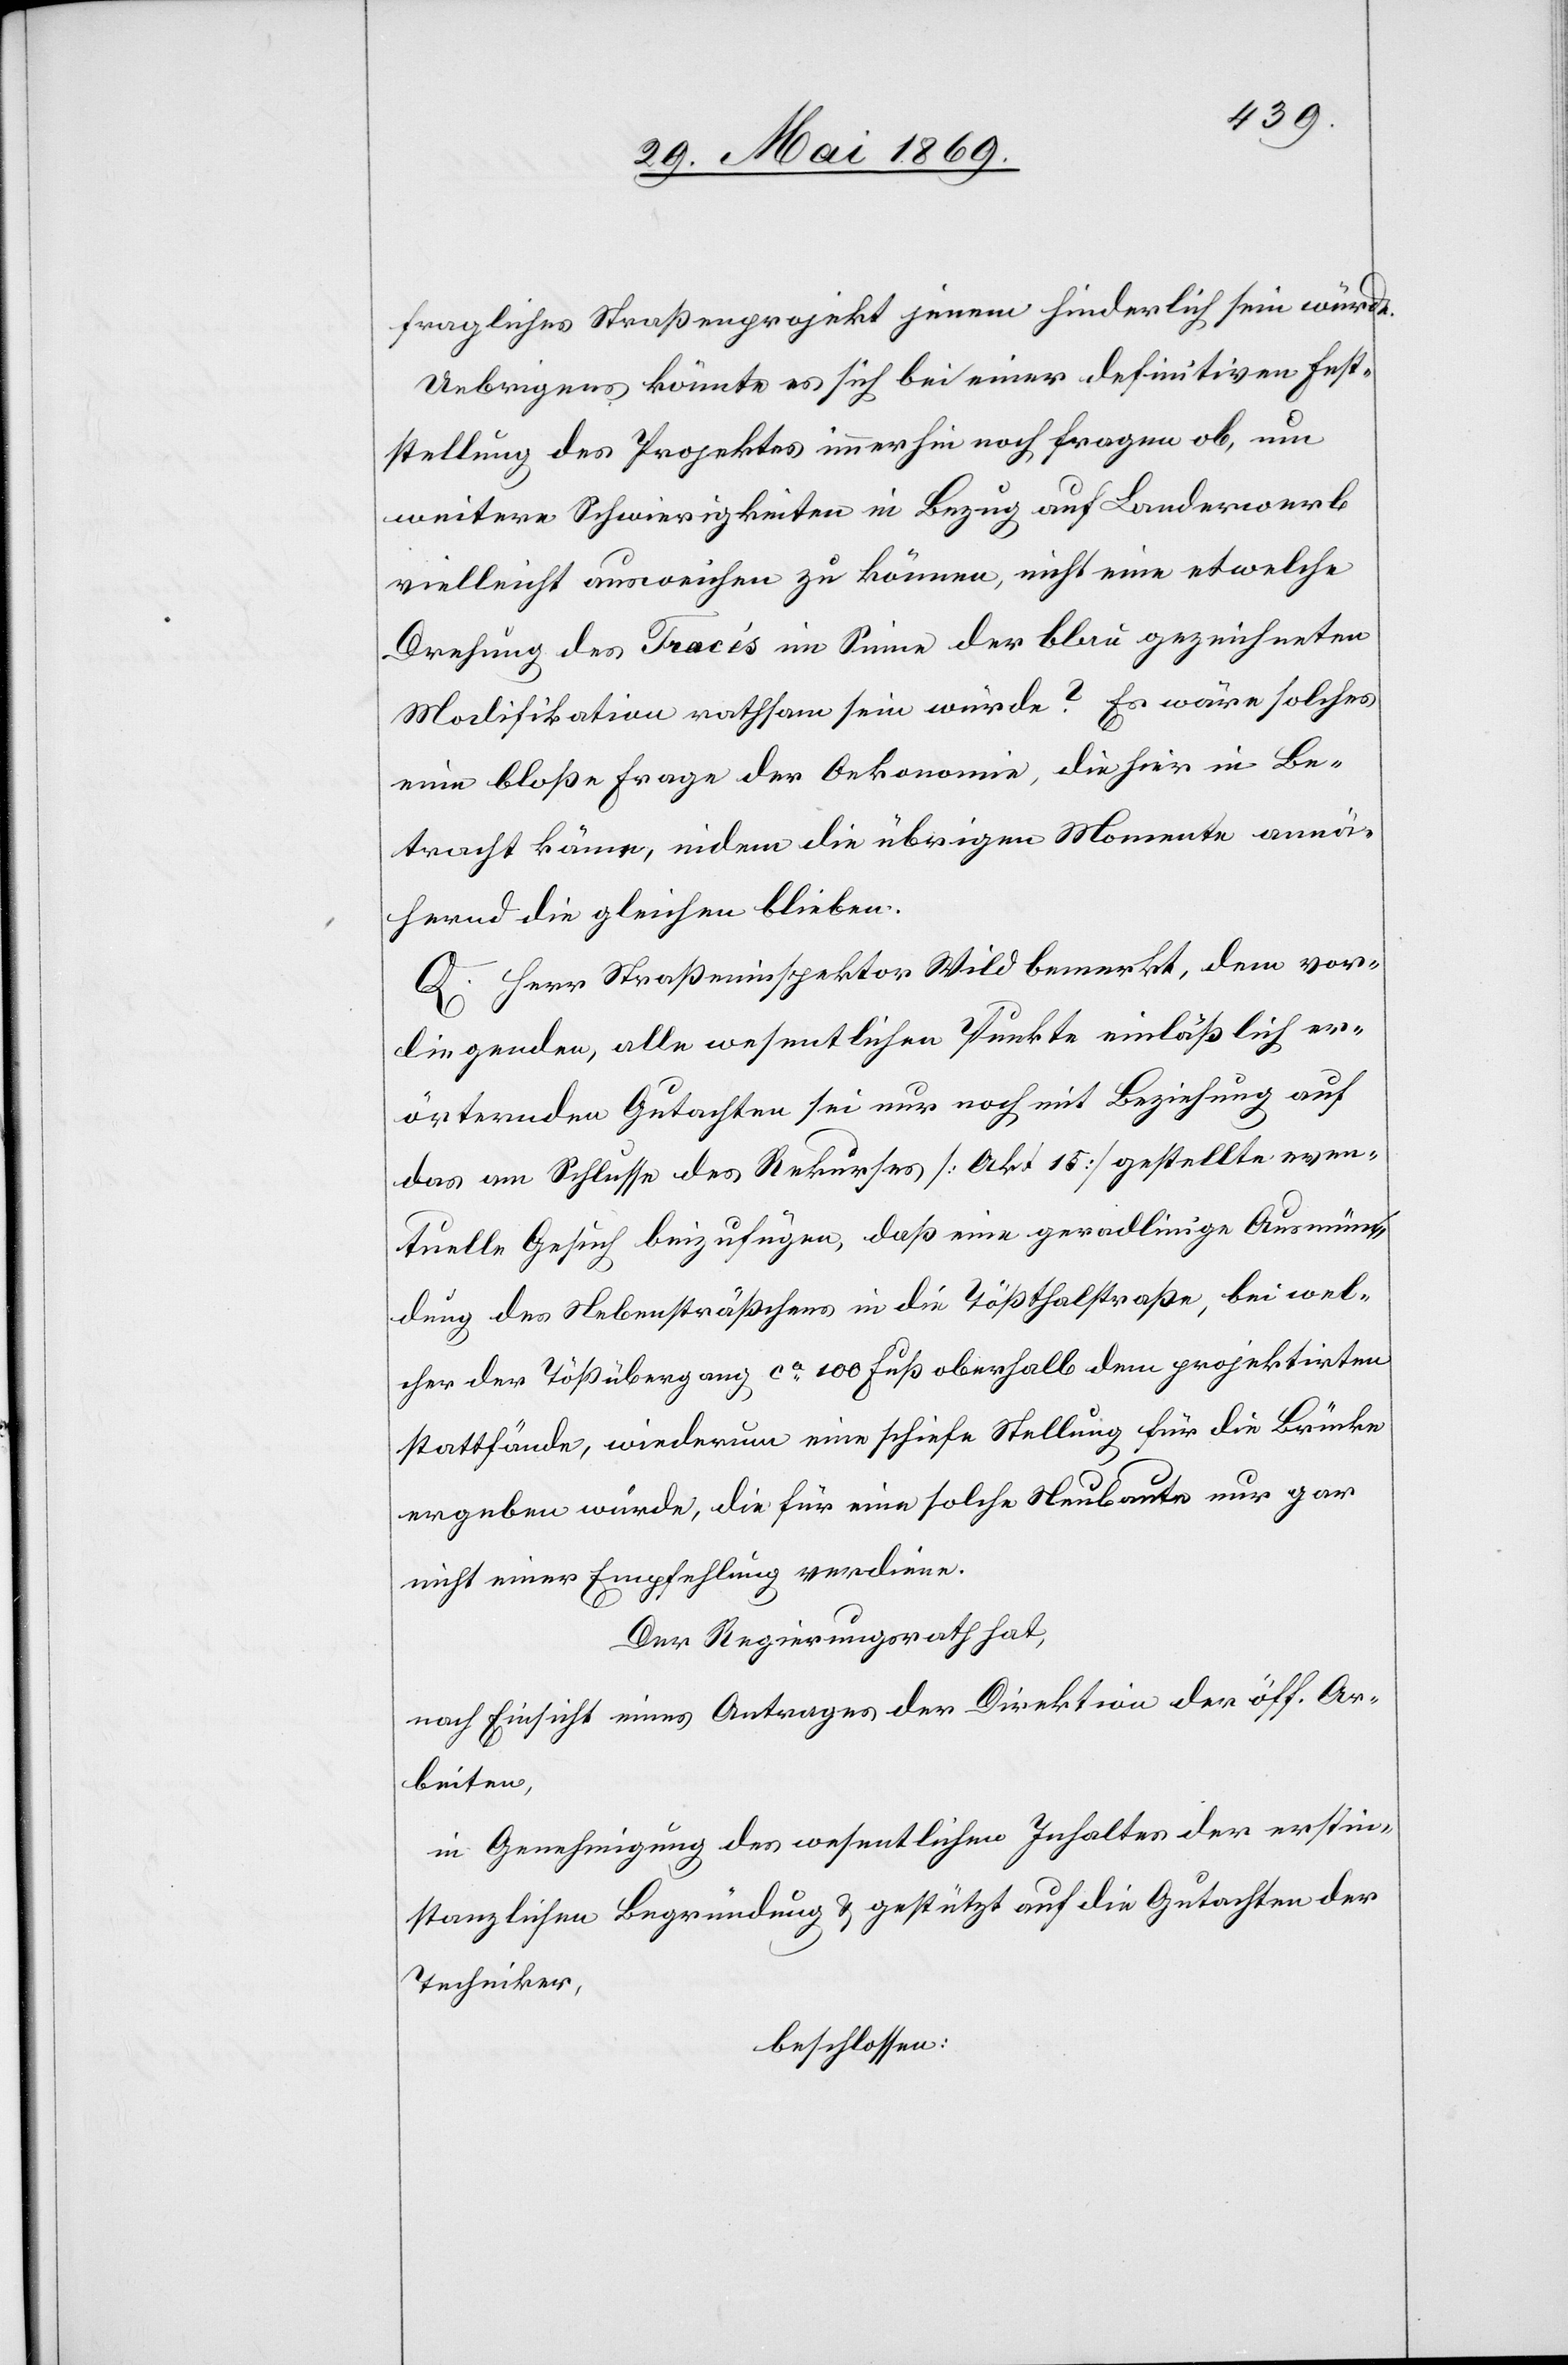
fragliches Straßenprojekt jenem hinderlich sein würde.
Uebrigens könnte es sich bei einer definitiven Fest¬
stellung des Projektes immerhin noch fragen ob, um
weitere Schwierigkeiten in Bezug auf Landerwerb
vielleicht ausweichen zu können, nicht eine etwelche
Drehung des Tracés im Sinne der blau gezeichneten
Modifikation rathsam sein würde? Es wäre solches
eine bloße Frage der Oekonomie, die hier in Be¬
tracht käme, indem die übrigen Momente annä¬
hernd die gleichen blieben.
Q. Herr Straßeninspektor Wild bemerkt, dem vor¬
liegenden, alle wesentlichen Punkte einläßlich er¬
örternden Gutachten sei nur noch mit Beziehung auf
das am Schlusse des Rekurses [Akt 15] gestellte even¬
tuelle Gesuch beizufügen, daß eine geradlinige Ausmün¬
dung des Nebensträßchens in die Tößthalstraße, bei wel¬
cher der Tößübergang, ca 100 Fuß oberhalb dem projektirten
stattfände, wiederum eine schiefe Stellung für die Brücke
ergeben würde, die für eine solche Neubaute nur gar
nicht einer Empfehlung verdiene.
Der Regierungsrath hat,
nach Einsicht eines Antrages der Direktion der öff. Ar¬
beiten,
in Genehmigung des wesentlichen Inhaltes der erstin¬
stanzlichen Begründung u. gestützt auf die Gutachten der
Techniker,
beschlossen: